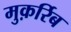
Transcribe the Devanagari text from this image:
मुक़र्रिब